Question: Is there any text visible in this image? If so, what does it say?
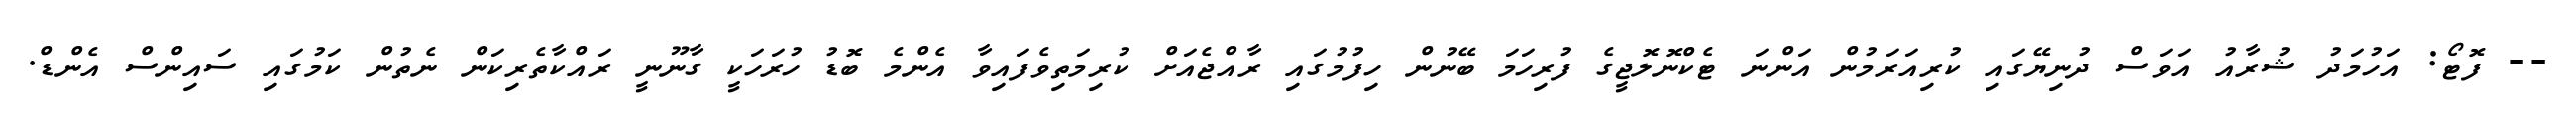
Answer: -- ފޮޓޯ: އަހުމަދު ޝުރާއު އަވަސް ދުނިޔޭގައި ކުރިއަރަމުން އަންނަ ޓެކްނޮލޮޖީގެ ފުރިހަމަ ބޭނުން ހިފުމުގައި ރާއްޖެއަށް ކުރިމަތިވެފައިވާ އެންމެ ބޮޑު ހުރަހަކީ ގާނޫނީ ރައްކާތެރިކަން ނެތުން ކަމުގައި ސައިންސް އެންޑް.